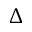
\Delta